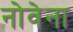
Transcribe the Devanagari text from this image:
नोवेना